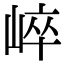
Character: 崪